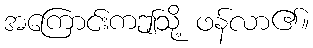
အကြောင်းကဤသို့ ဖန်လာ၏။